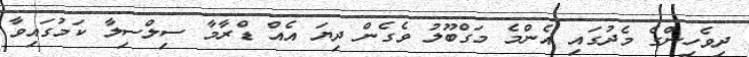
ދިވެހިންގެ މެދުގައި އެންމެ މަގްބޫލު ވެގެން ދިޔަ އެއް ޑްރާމާ ސިލްސިލާ ކަމުގައިވާ